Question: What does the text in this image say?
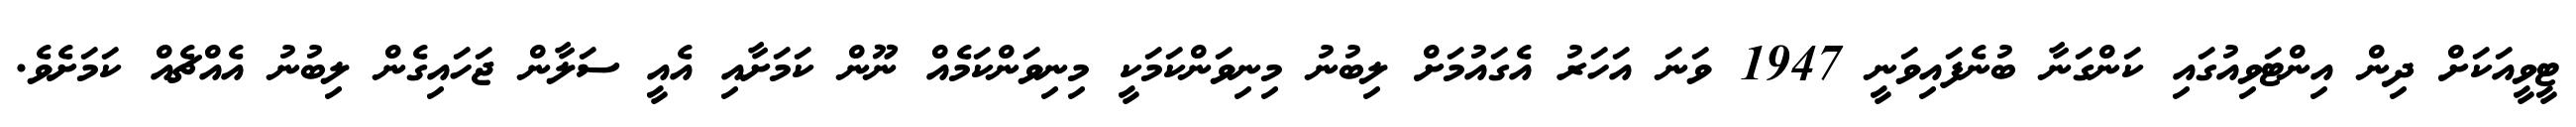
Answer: ޓީވީއަކަށް ދިން އިންޓަވިއުގައި ކަންގަނާ ބުނެފައިވަނީ 1947 ވަނަ އަހަރު އެގައުމަށް ލިބުނު މިނިވަންކަމަކީ މިނިވަންކަމެއް ނޫން ކަމަށާއި އެއީ ސަލާން ޖަހައިގެން ލިބުނު އެއްޗެއް ކަމަށެވެ.